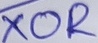
Text: XOR